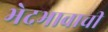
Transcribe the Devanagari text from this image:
भेदभावाची